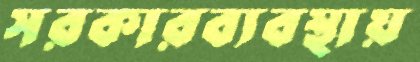
সরকারব্যবস্থায়